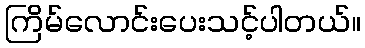
ကြိမ်လောင်းပေးသင့်ပါတယ်။